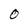
Character: 0